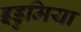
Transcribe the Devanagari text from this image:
इडुमिया